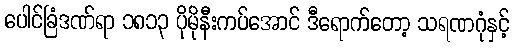
ပေါင်ခြံဒဏ်ရာ ၁၈၁၃ ပိုမိုနီးကပ်အောင် ဒီရောက်တော့ သရဏဂုံနှင့်